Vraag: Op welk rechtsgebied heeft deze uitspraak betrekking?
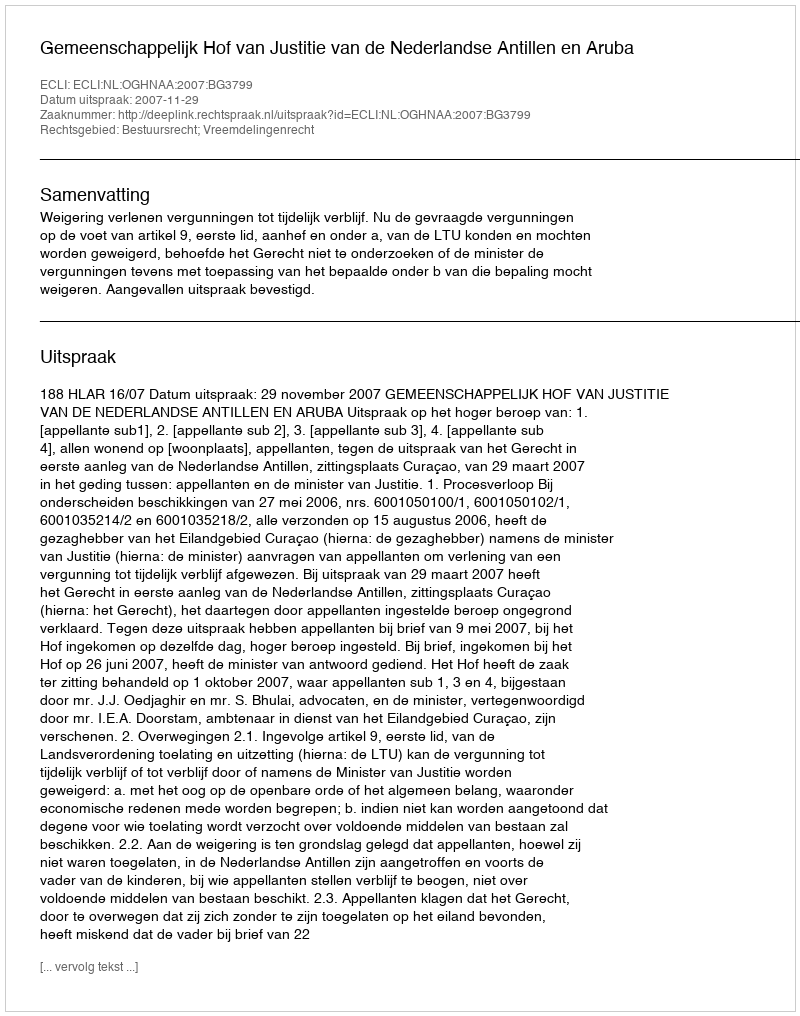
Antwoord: Bestuursrecht; Vreemdelingenrecht